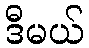
ဒီမယ်